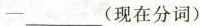
___(现在分词)